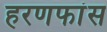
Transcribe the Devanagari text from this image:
हरणफांस